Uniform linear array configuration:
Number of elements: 16
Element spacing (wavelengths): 0.5
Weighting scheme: kaiser
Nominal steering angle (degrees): -30
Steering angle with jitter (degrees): -29.845
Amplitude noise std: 0.05
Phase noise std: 0.05

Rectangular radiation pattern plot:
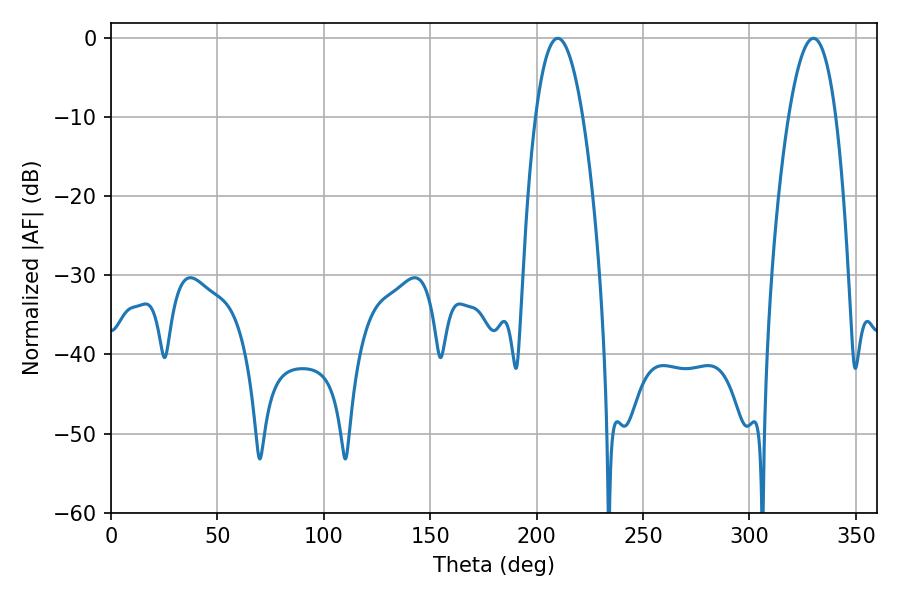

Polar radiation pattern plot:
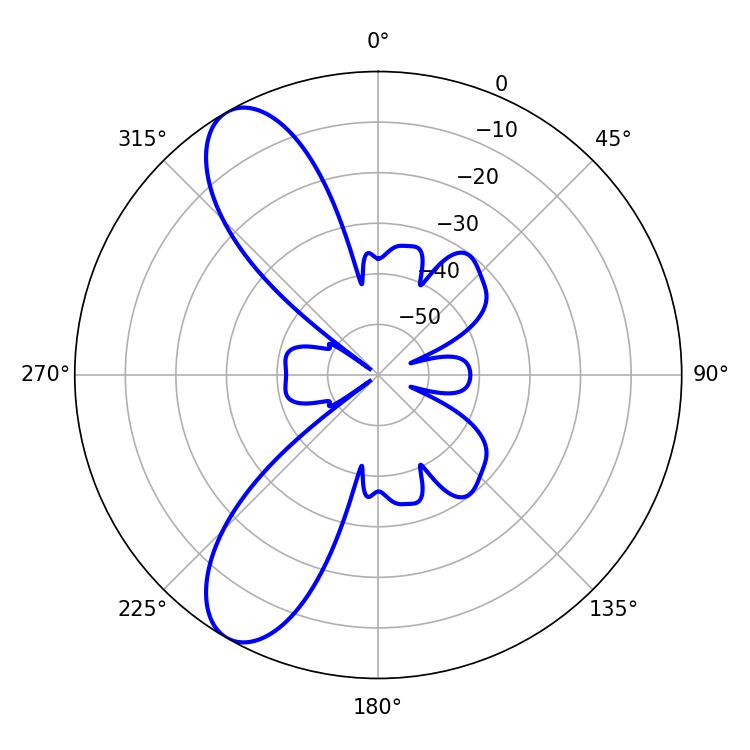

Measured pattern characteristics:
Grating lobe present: FALSE
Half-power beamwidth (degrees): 12.24
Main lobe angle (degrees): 209.88